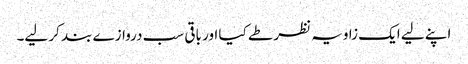
اپنے لیے ایک زاویہ نظر طے کیا اور باقی سب دروازے بند کر لیے۔